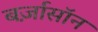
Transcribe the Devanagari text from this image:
बर्ज़ासॉन